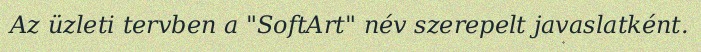
Az üzleti tervben a "SoftArt" név szerepelt javaslatként.